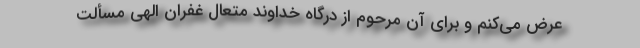
عرض می‌کنم و برای آن مرحوم از درگاه خداوند متعال غفران الهی مسألت